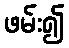
ဖမ်း၍